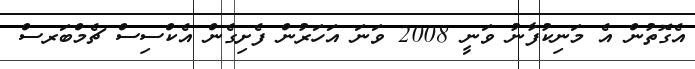
އެގޮތުން އެ މަނިކުފާނު ވަނީ 2008 ވަނަ އަހަރުން ފެށިގެން އެކްސިސް ޗެމްބަރސް